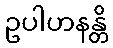
ဥပါဟနန္တိ